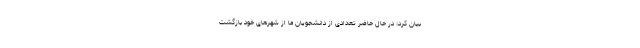
بیان کرد: در حال حاضر تعدادی از دانشجویان ما از شهرهای خود بازگشت